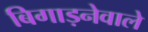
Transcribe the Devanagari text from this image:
बिगाड़नेवाले